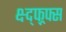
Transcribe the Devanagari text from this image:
क्ष्द्फ्र्फ्स